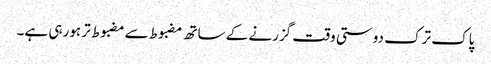
پاک ترک دوستی وقت گزرنے کے ساتھ مضبوط سے مضبوط تر ہورہی ہے۔